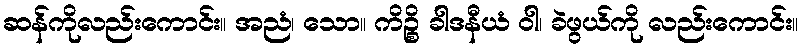
ဆန်ကိုလည်းကောင်း။ အညံ၊ သော။ ကိဉ္စိ ခါဒနီယံ ဝါ၊ ခဲဖွယ်ကို လည်းကောင်း။